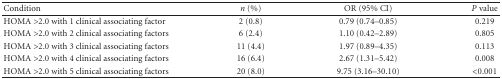
<table><thead><tr><td><b>Condition</b></td><td><b><i>n</i> (%)</b></td><td><b>OR (95% CI)</b></td><td><b><i>P</i> value</b></td></tr></thead><tbody><tr><td>HOMA &gt;2.0 with 1 clinical associating factor</td><td>2 (0.8)</td><td>0.79 (0.74–0.85)</td><td>0.219</td></tr><tr><td>HOMA &gt;2.0 with 2 clinical associating factors</td><td>6 (2.4)</td><td>1.10 (0.42–2.89)</td><td>0.805</td></tr><tr><td>HOMA &gt;2.0 with 3 clinical associating factors</td><td>11 (4.4)</td><td>1.97 (0.89–4.35)</td><td>0.113</td></tr><tr><td>HOMA &gt;2.0 with 4 clinical associating factors</td><td>16 (6.4)</td><td>2.67 (1.31–5.42)</td><td>0.008</td></tr><tr><td>HOMA &gt;2.0 with 5 clinical associating factors</td><td>20 (8.0)</td><td>9.75 (3.16–30.10)</td><td>&lt;0.001</td></tr></tbody></table>